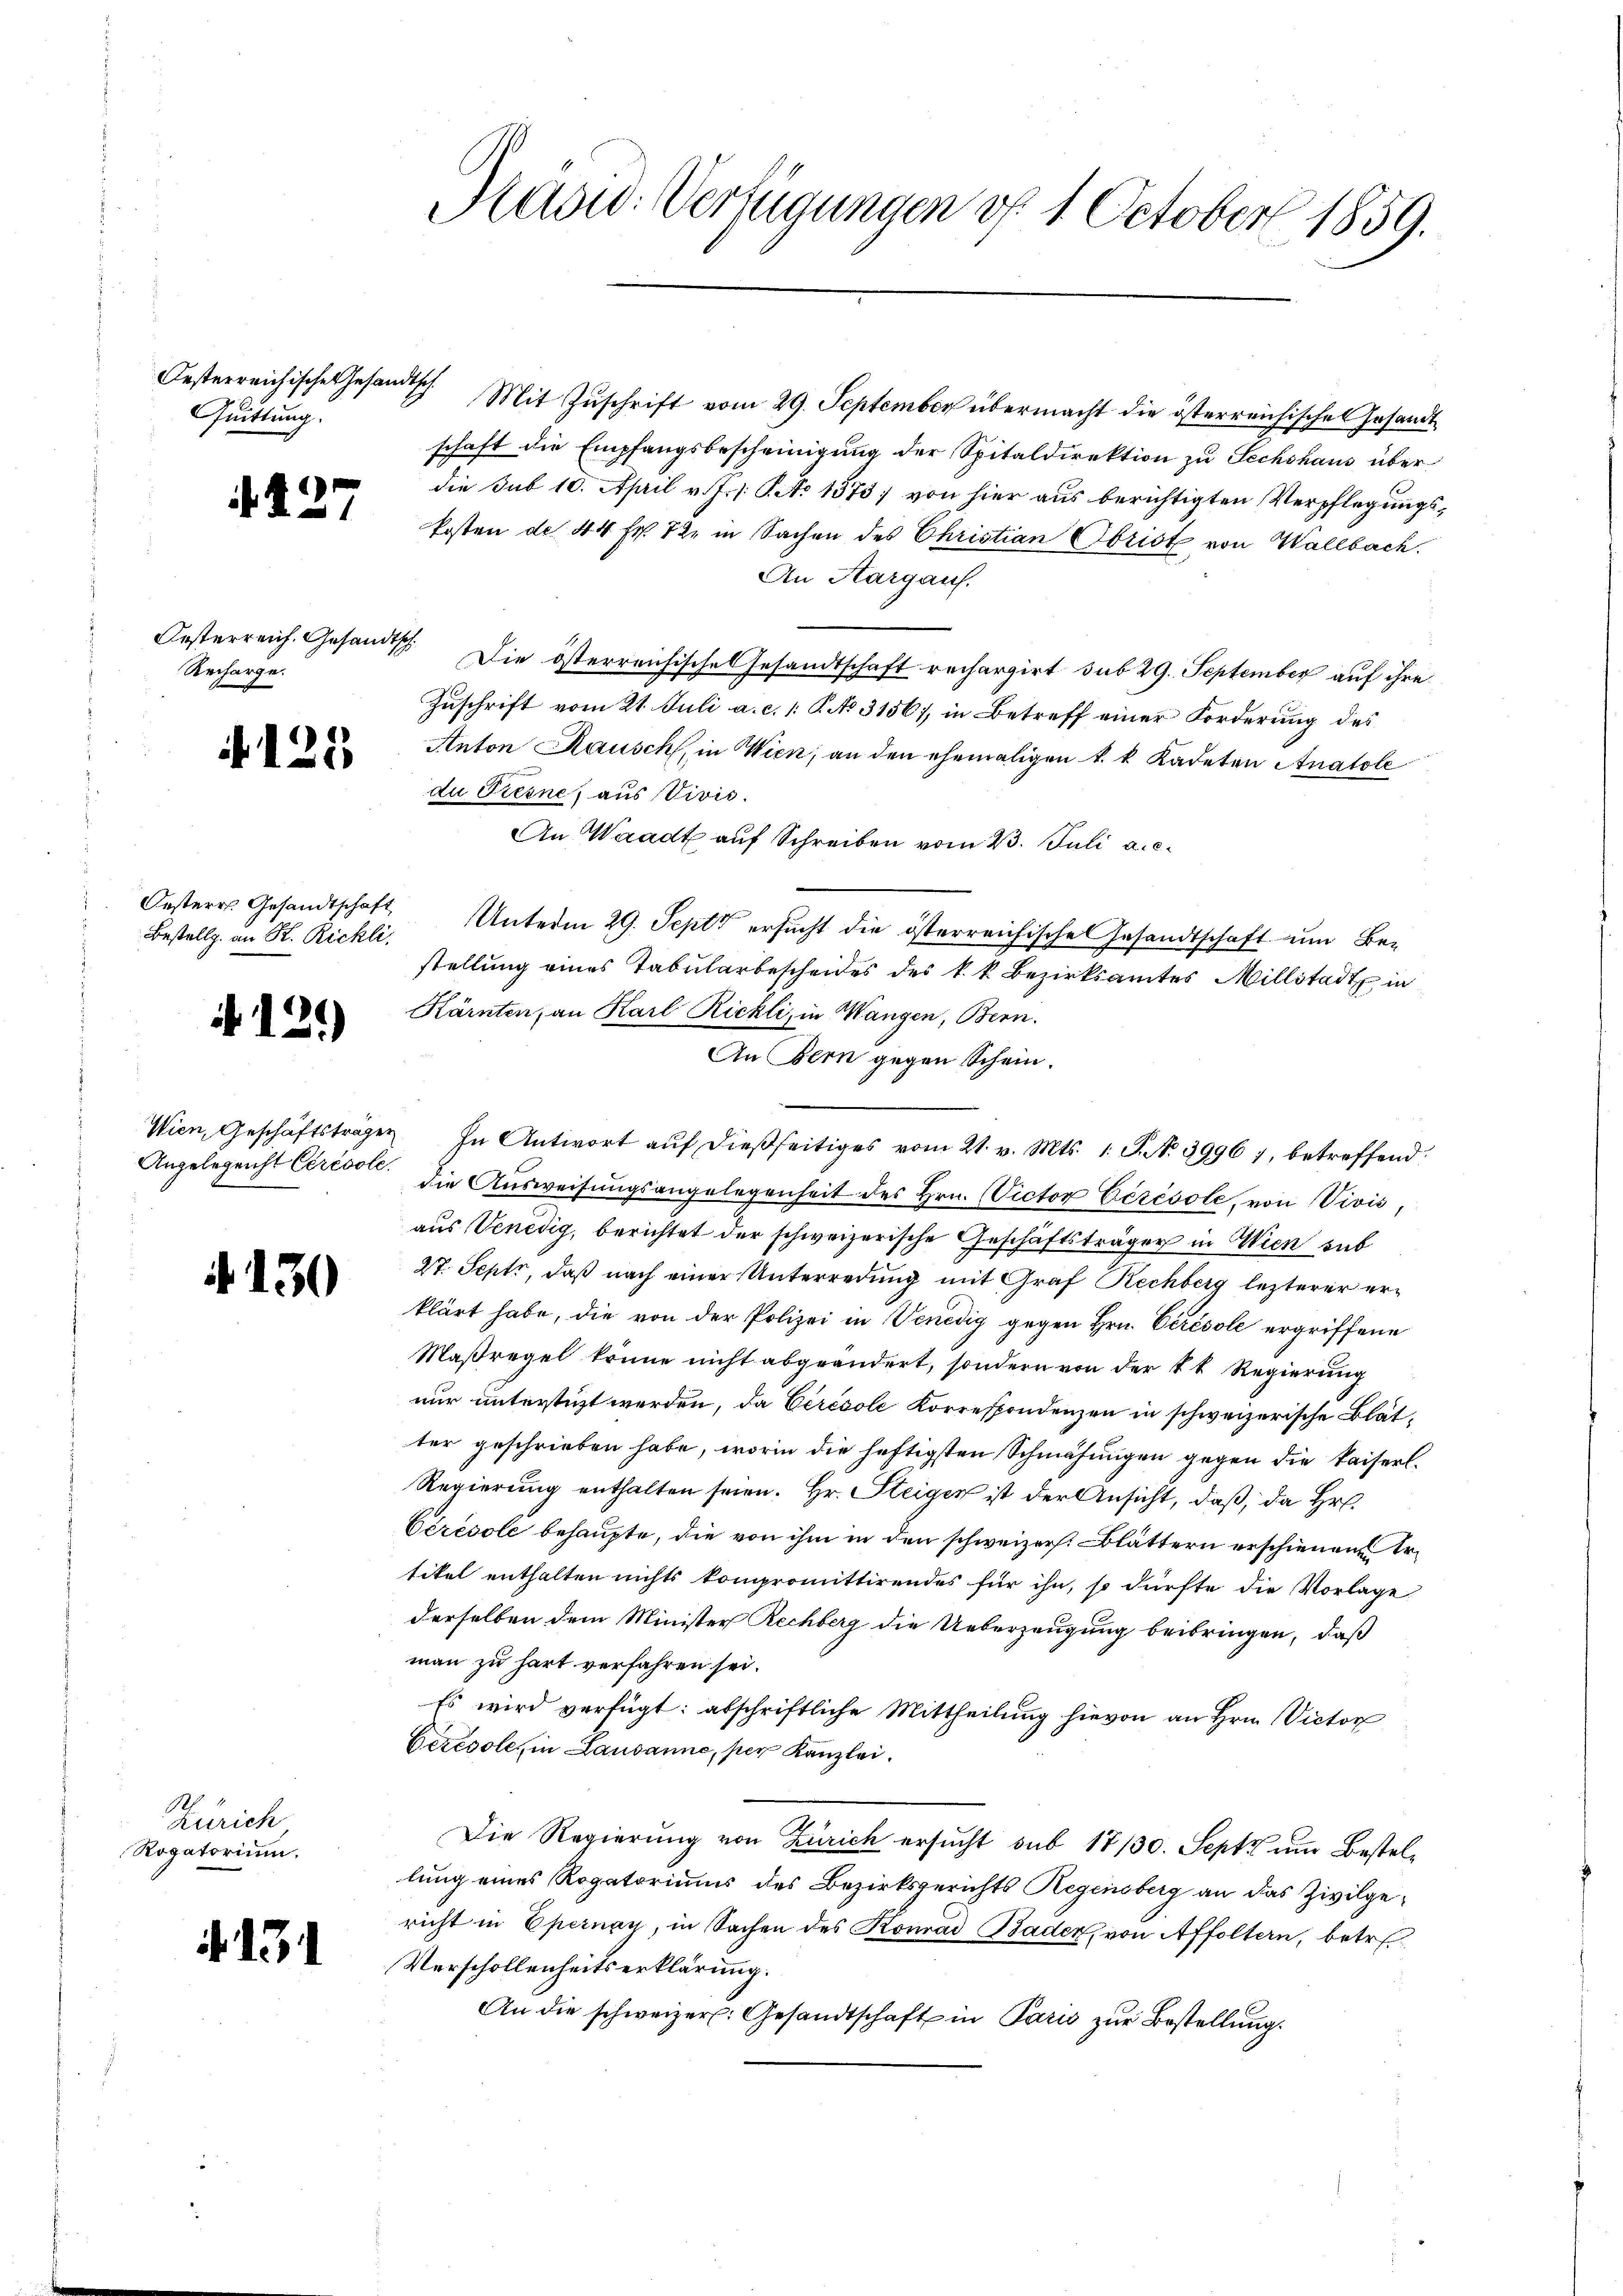
Quittung.

¬

i

Oesterreich. Gesandtsch
Recharge.

Bestellg an H. Richli

Angelegenst Ccrésole.

130

1
Zürich
Rogatorium.

i. 1

7

125

129)

Oesterreichische Gesandtsch. Mit Zŭschrift vom 29. September übermacht die österreichische Gesandt
schaft die Empfangsbescheinigung der Spitaldirektion zu Sechshaus überdie Sub 10. April v. J. /: SAo 1573] von hier aus berichtigten Verpflegungskosten de 44 Fr. 12. in Sachen des Christian Obrist von Wallbach.
An Hargaus.
Die österreichischel Gesandtschaft rechargirt sub 29. September auf ihre
Zuschrift vom 21. Juli a. c. 1: P. No 31567, in Betreff einer Forderung des
Anton Kausch, in Wien, an den ehemaligen k. k. Kadeten Anatole
du Tresne, aus Vivis.
An Waadt auf Schreiben vom 23. Juli a.c.
Oesterr. Gesandtschaft Unterm 29. Sept ersucht die österreichische Gesandtschaft um Bestellung eines Tabularbescheides des k. k. Bezirksamtes Millstadt in
Kärnten, an Karl Rickli, in Wangen, Bern.
An Bern gegen Schein.
Wien, Geschäftsträge. In Antwort aŭf dießseitiges vom 21. v. Mts. 1. P. N. 3996 7, betreffend:
die Ausweisungsangelegenheit des Hrn. (Victor Cérésole, von Vivis,
aus Venedig, berichtet der schweizerische Geschäftsträger in Wien sub
27. Sept, daß nach einer Unterredung mit Graf Rechberg lezterer erklärt habe, die von der Polizei in Venedig gegen Hrn. Cérésole ergriffene
Maßregel könne nicht abgeändert, sondern von der 4 t Regierung
nur unterstüzt werden, da Cérésole Korrespondenzen in schweizerische Blätter geschrieben habe, worin die heftigsten Schmähungen gegen die Kaiserl¬
Regierung enthalten seien. Hr. Steiger ist der Ansicht, daß, da Hr.
Cérésole behaupte, die von ihm in den schweizer. Blättern erschienen Ertikel enthalten nichts kompromittirendes für ihn, so dürfte die Vorlage
derselben dem Minister Rechberg die Ueberzeugung beibringen, daß
man zu hart verfahren sei.
Es wird verfügt: abschriftliche Mittheilung hievon an Hrn. Victor
Ceresole, in Lausanne, per Kanzlei.
Die Regierung von Zürich ersucht sub 17/30. Septe um Bestellung eines Rogatoriums des Bezirksgerichts Regensberg an das Zivilgericht in Epernay, in Sachen des Konrad Bader, von Affoltern, betr.
Verschollenheitserklärung.
An die schweizer. Gesandtschaft in Paris zur Bestellung.

Hadw. Verfügungen v. 1. October 1859.